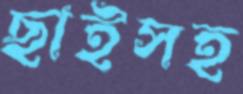
ছাইসহ